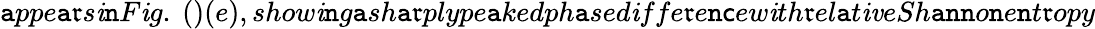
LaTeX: \mathtt{a}ppe\mathtt{a}\mathfrak{r}s\mathit{i}\mathtt{n}F\mathit{i}g.~()(e),show\mathit{i}\mathtt{n}g\mathtt{a}sh\mathtt{a}\mathfrak{r}plype\mathtt{a}kedph\mathtt{a}sed\mathit{i}ffe\mathfrak{r}e\mathtt{n}\mathsf{c}ew\mathit{i}th\mathfrak{r}el\mathtt{a}t\mathit{i}\mathit{v}eSh\mathtt{a}\mathtt{n}\mathtt{n}o\mathtt{n}e\mathtt{n}t\mathfrak{r}opy